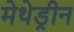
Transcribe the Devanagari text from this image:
मेथेड्रीन